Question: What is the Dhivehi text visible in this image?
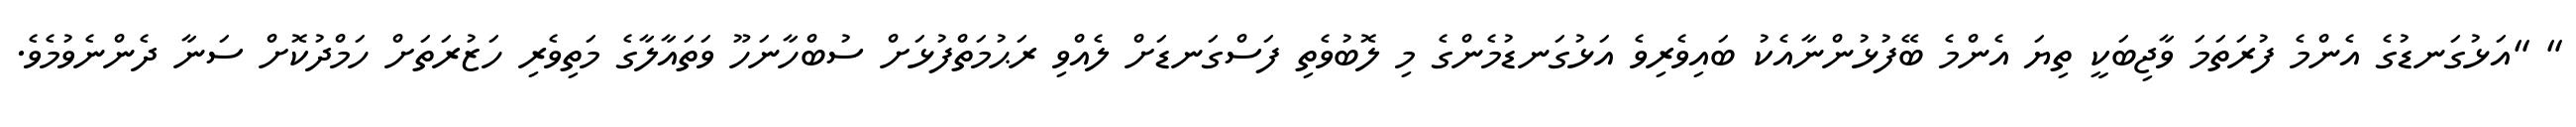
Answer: " "އަޅުގަނޑުގެ އެންމެ ފުރަތަމަ ވާޖިބަކީ ތިޔަ އެންމެ ބޭފުޅުންނާއެކު ބައިވެރިވެ އަޅުގަނޑުމެންގެ މި ލޮބުވެތި ފަސްގަނޑަށް ލެއްވި ރަޙުމަތްފުޅަށް ސުބްހާނަހޫ ވަތައާލާގެ މަތިވެރި ހަޒުރަތަށް ހަމްދުކޮށް ސަނާ ދެންނެވުމެވެ.